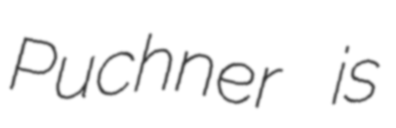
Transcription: Puchner is